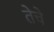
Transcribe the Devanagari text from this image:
तेचे